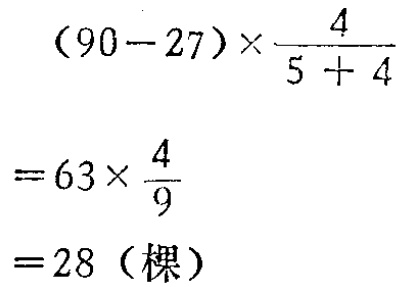
\[

\begin{align*}

&(90 - 27)\times\frac{4}{5 + 4}\\

=&63\times\frac{4}{9}\\

=&28 (\text{棵})

\end{align*}

\]